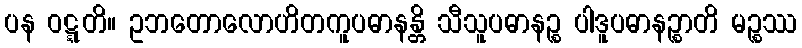
ပန ဝဋ္ဋတိ။ ဥဘတောလောဟိတကူပဓာနန္တိ သီသူပဓာနဉ္စ ပါဒူပဓာနဉ္စာတိ မဉ္စဿ